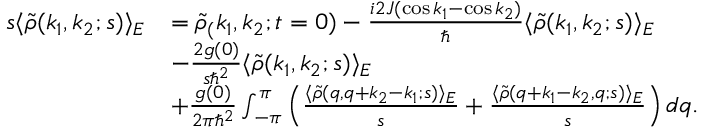
\begin{array} { r l } { s \langle \tilde { \rho } ( k _ { 1 } , k _ { 2 } ; s ) \rangle _ { E } } & { = \tilde { \rho } _ { ( } k _ { 1 } , k _ { 2 } ; t = 0 ) - \frac { i 2 J ( \cos k _ { 1 } - \cos k _ { 2 } ) } { \hbar } \langle \tilde { \rho } ( k _ { 1 } , k _ { 2 } ; s ) \rangle _ { E } } \\ & { - \frac { 2 g ( 0 ) } { s \hbar ^ { 2 } } \langle \tilde { \rho } ( k _ { 1 } , k _ { 2 } ; s ) \rangle _ { E } } \\ & { + \frac { g ( 0 ) } { 2 \pi \hbar ^ { 2 } } \int _ { - \pi } ^ { \pi } \left( \frac { \langle \tilde { \rho } ( q , q + k _ { 2 } - k _ { 1 } ; s ) \rangle _ { E } } { s } + \frac { \langle \tilde { \rho } ( q + k _ { 1 } - k _ { 2 } , q ; s ) \rangle _ { E } } { s } \right) d q . } \end{array}